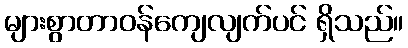
များစွာတာဝန်ကျေလျက်ပင် ရှိသည်။